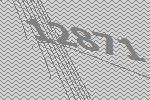
12871